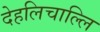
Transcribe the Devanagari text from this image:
देहलिचाल्लि